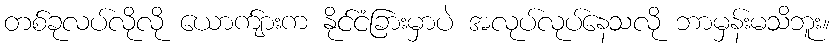
တစ်ခုလပ်လိုလို ယောက်ျားက နိုင်ငံခြားမှာပဲ အလုပ်လုပ်နေသလို ဘာမှန်းမသိဘူး။